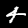
Label: 4